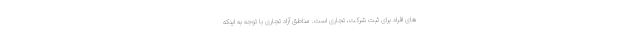
های افراد برای ثبت شرکت، تجاری است. مناطق آزاد تجاری با توجه به اینکه